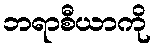
ဘရာစီယာကို